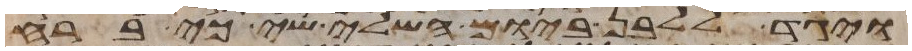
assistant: ויגד ללבן ביום השלישי כי ברח